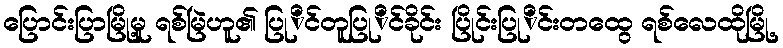
ပြောင်းပြာမြို့မူ ရစ်မြဲဟူ၏ ပြုိင်တူပြုိင်ခိုင်း ပြိုင်းပြုိင်းတထွေ ရစ်လေထိုမြို့